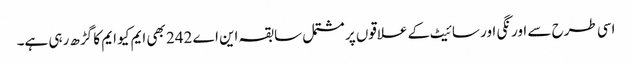
اسی طرح سے اورنگی اور سائیٹ کے علاقوں پر مشتمل سابقہ این اے 242 بھی ایم کیو ایم کا گڑھ رہی ہے۔